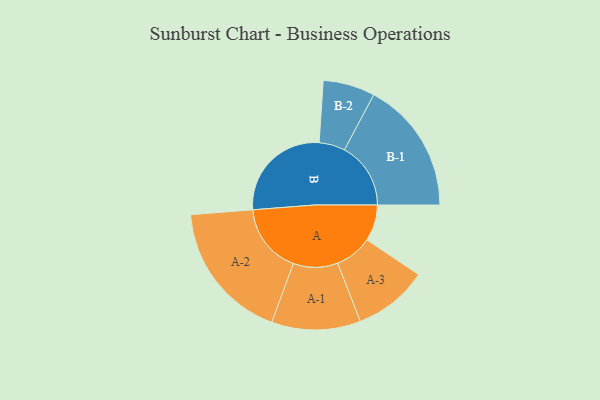
{"axis": {"x": "Segment", "y": "Value"}, "legend": ["", "A", "B"], "data": [{"x": "A", "y": 141, "type": ""}, {"x": "B", "y": 409, "type": ""}, {"x": "A-1", "y": 173, "type": "A"}, {"x": "A-2", "y": 272, "type": "A"}, {"x": "A-3", "y": 145, "type": "A"}, {"x": "B-1", "y": 258, "type": "B"}, {"x": "B-2", "y": 101, "type": "B"}]}